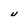
Character: u